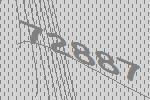
72887